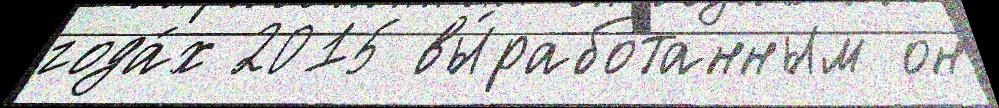
года́х 2015 вы́работанным он